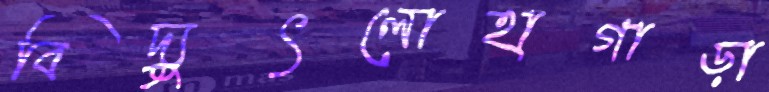
বিদ্যুৎলোহাগাড়া